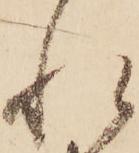
れ